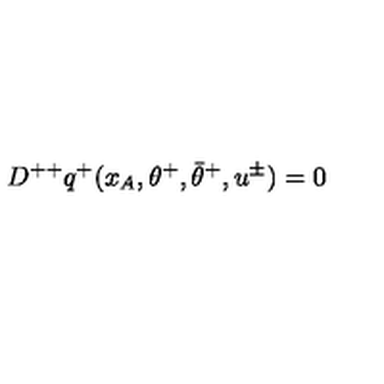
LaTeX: D ^ { + + } q ^ { + } ( x _ { A } , \theta ^ { + } , \bar { \theta } ^ { + } , u ^ { \pm } ) = 0